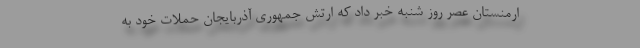
ارمنستان عصر روز شنبه خبر داد که ارتش جمهوری آذربایجان حملات خود به